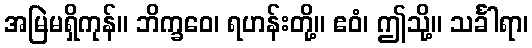
အမြဲမရှိကုန်။ ဘိက္ခဝေ၊ ရဟန်းတို့။ ဧဝံ၊ ဤသို့။ သင်္ခါရာ၊